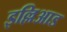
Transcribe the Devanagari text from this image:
इल्लिआड